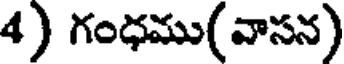
4) గంధము(వాసన)